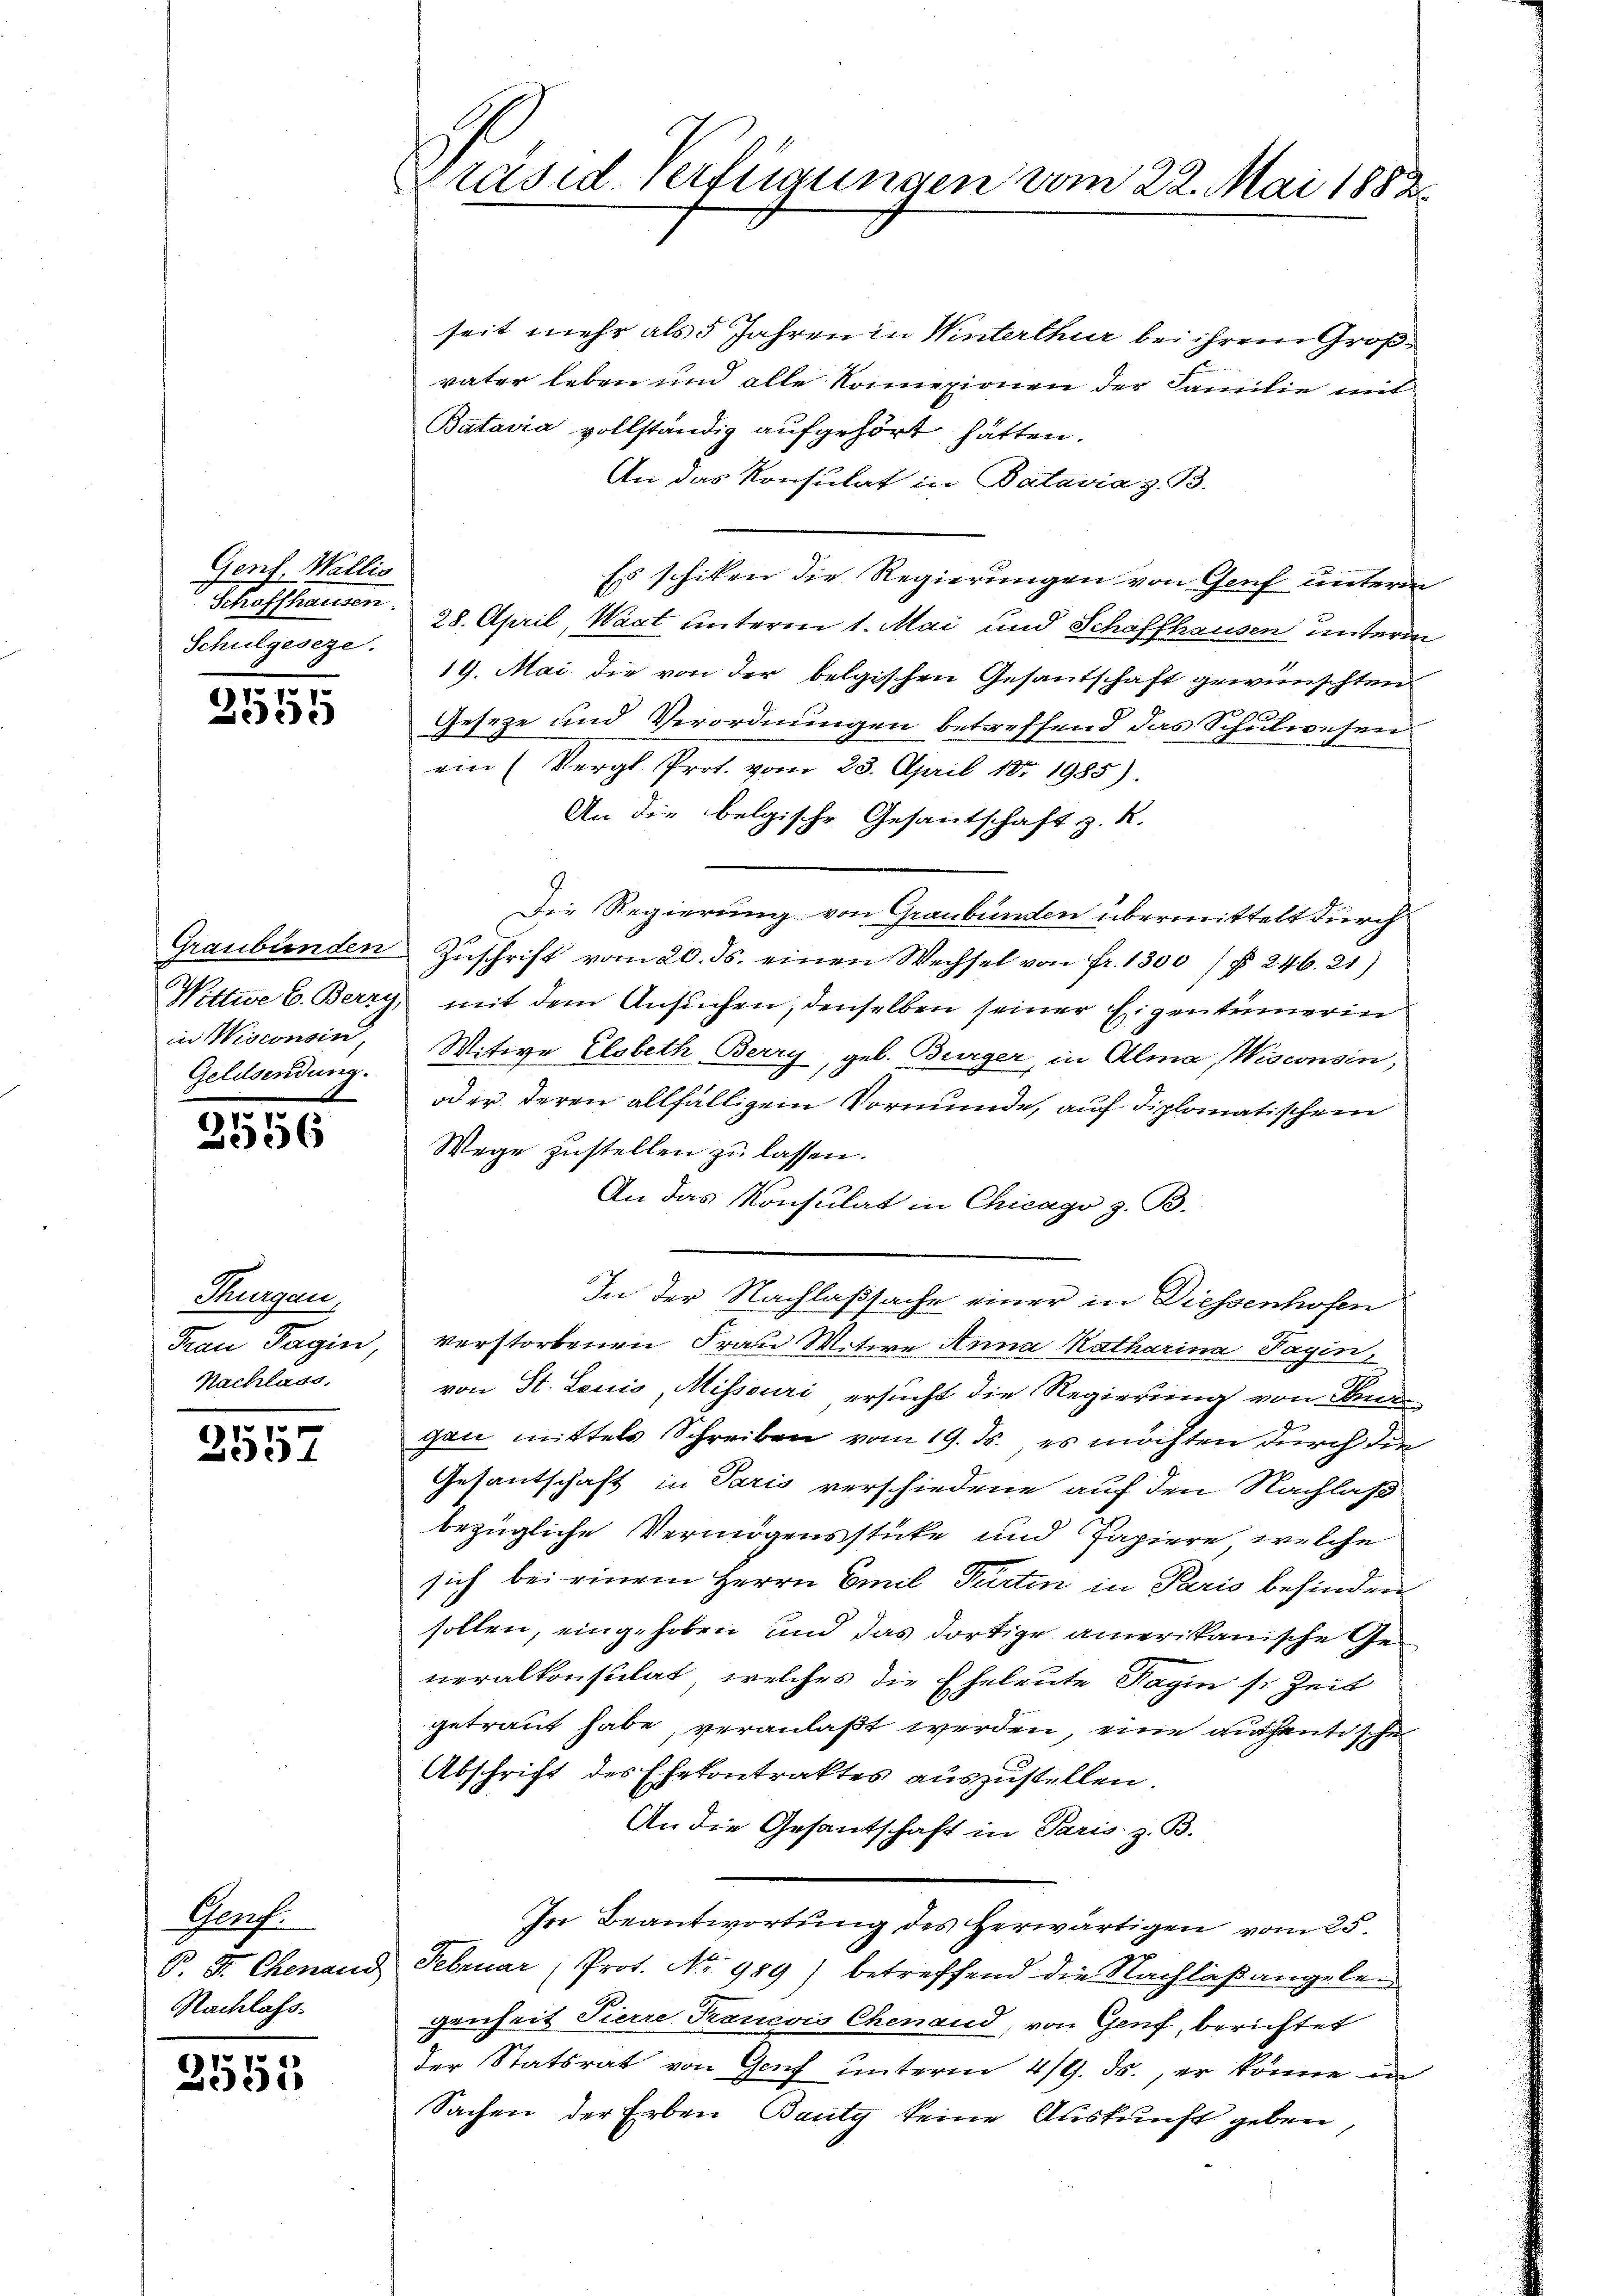
Gent Wallis
Schulgeseze.

2555

in Wisconsin,
Geldsendung.

6).
256

Thurgau,
Frau Pagin,
Nachlass,

2557

Porf.
S. S. Chenaud
Nachlass.

2551

Spräsid. Verfügungen vom 22. Mai 1882

seit mehr als 5 Jahren in Winterthur bei ihrem Großväter leben und alle Komezionen der Familie mit
Batavia vollständig aufgehört hätten.
An das Konsulat in Batavia z. B.
Es schiken die Regierungen von Genf unterm
Schaffhausen 28. April, Waat unterm 1. Mai und Schaffhausen unterm
19. Mai die von der belgischen Gesantschaft gewünschten
Geseze und Verordnungen betreffend das Schulwesen.
ein (Vergl. Prot. vom 23. April 187 1985).
An die belgische Gesantschaft z. R.
Die Regierung von Graubünden übermittelt durch
Graubünden Zŭschrift vom 20. ds. einen Wechsel von fr. 1300) § 246. 21)
Wittwe C. Berry, mit dem Ansŭchen, denselben seiner Eigentümerin
Witwe Elsbeth Berry, geb. Bürger, in Alma Wisconsin,
oder deren allfälligem Vormunde, auf diplomatischen
Wege zustellen zu lassen.
An das Konsulat in Chicago z. B.
In der Nachlaßsache einer in Diessenhofen
verstorbenen Frau Witwe Anna Katharina Tagin,
von St. Lauis, Misseuri ersucht die Regierung von Se
gan mittels Schreiben vom 19. ds., es möchten durch die
Gesantschaft in Paris verschiedene auf den Nachlaß
bezügliche Vermögensstücke und Papiere, welche
sich bei einem Herrn Emil Partin in Perio befinden
sollen, eingehoben und das dortige amerikanische Generalkonsulat, welches die Eheleute Sagin s. Zeit
getraut habe, veranlaßt werden, eine authentische
Abschrift des Ehekontraktes auszustellen.
An die Gesantschaft in Paris. z. B.
In Beantwortung des Herwärtigen vom 25.
Februar (Prot. No 989) betreffend die Nachlaßangelegenheit Pierre Francois Chenaud, von Genf, berichtet
der Statsrat von Genf unterm 4/9. ds., er könne in
Sachen der Erben Bauty keine Auskunft geben,